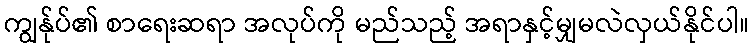
ကျွန်ုပ်၏ စာရေးဆရာ အလုပ်ကို မည်သည့် အရာနှင့်မျှမလဲလှယ်နိုင်ပါ။